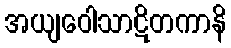
အယျဝေါသာဋိတကာနိ